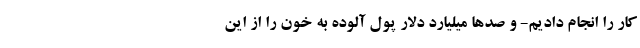
کار را انجام دادیم- و صدها میلیارد دلار پول آلوده به خون را از این